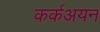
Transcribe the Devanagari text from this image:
कर्कअयन